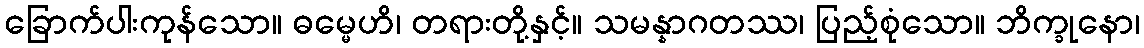
ခြောက်ပါးကုန်သော။ ဓမ္မေဟိ၊ တရားတို့နှင့်။ သမန္နာဂတဿ၊ ပြည့်စုံသော။ ဘိက္ခုနော၊